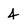
Character: 4